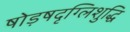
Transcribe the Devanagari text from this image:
षोड़षदृग्लिशुद्धि